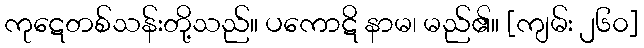
ကုဋေတစ်သန်းတို့သည်။ ပကောဋိ နာမ၊ မည်၏။ [ကျမ်း ၂၆၀]